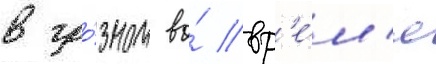
в гро́зном во́ вр'е́м'я